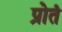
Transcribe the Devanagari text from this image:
प्रोतं